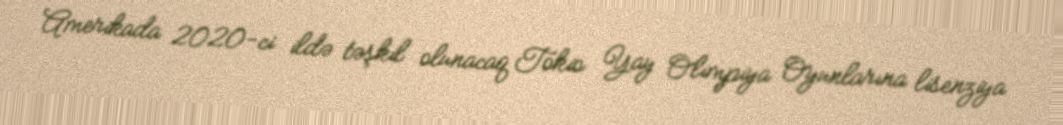
Amerikada 2020-ci ildə təşkil olunacaq Tokio Yay Olimpiya Oyunlarına lisenziya